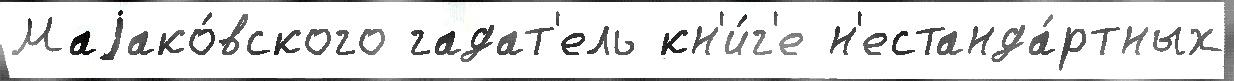
Маjако́вского гадат'ель кн'и́г'е н'естанда́ртных